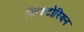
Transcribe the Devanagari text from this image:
व्हिक्टोरियन